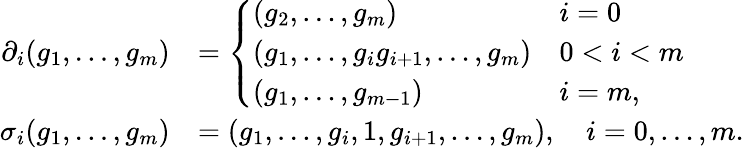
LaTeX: \begin{array}{rl}{\partial_{i}(g_{1},\ldots,g_{m})}&{=\left\{ \begin{array}{ll}{(g_{2},\ldots,g_{m})}&{i=0}\\ {(g_{1},\ldots,g_{i}g_{i+1},\ldots,g_{m})}&{0<i<m}\\ {(g_{1},\ldots,g_{m-1})}&{i=m,}\end{array}\right.}\\ {\sigma_{i}(g_{1},\ldots,g_{m})}&{=(g_{1},\ldots,g_{i},1,g_{i+1},\ldots,g_{m}),\quad i=0,\ldots,m.}\end{array}